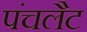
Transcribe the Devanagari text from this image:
पंचलैट